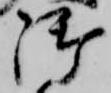
御